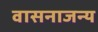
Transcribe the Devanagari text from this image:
वासनाजन्य